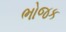
ભોજક